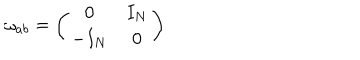
\omega _ { a b } = \left( \begin{array} { c c } { { 0 } } & { { I _ { N } } } \\ { { - I _ { N } } } & { { 0 } } \\ \end{array} \right)